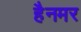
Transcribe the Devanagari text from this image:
हैनमर